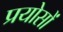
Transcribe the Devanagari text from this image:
प्रयोसों